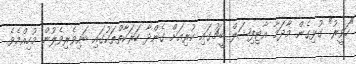
"ހަވީރު" ގުޅިގެން މާދަމާ އާޓިފިޝަލް ބީޗުގައި ކުރިއަށް ގެންދާ ހަރަކާތްތަކުގައި ބައިވެރިވެލުން މުހިއްމެވެ.